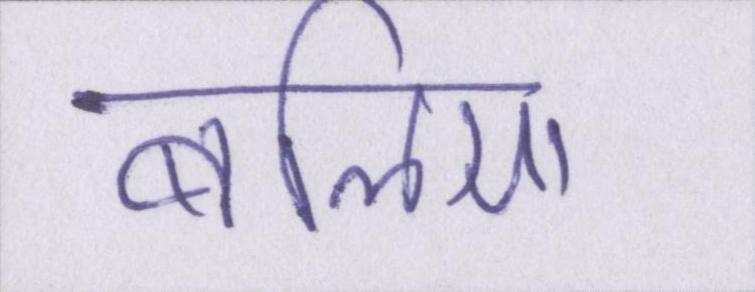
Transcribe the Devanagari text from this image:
बलिया